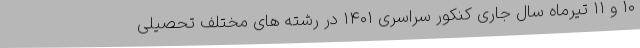
۱۰ و ۱۱ تیرماه سال جاری کنکور سراسری ۱۴۰۱ در رشته های مختلف تحصیلی